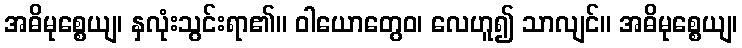
အဓိမုစ္စေယျ၊ နှလုံးသွင်းရာ၏။ ဝါယောတွေဝ၊ လေဟူ၍ သာလျင်။ အဓိမုစ္စေယျ၊